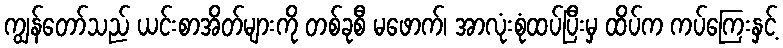
ကျွန်တော်သည် ယင်းစာအိတ်များကို တစ်ခုစီ မဖောက်၊ အာလုံးစုံထပ်ပြီးမှ ထိပ်က ကပ်ကြေးနှင့်